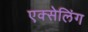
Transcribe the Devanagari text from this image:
एक्सेलिंग